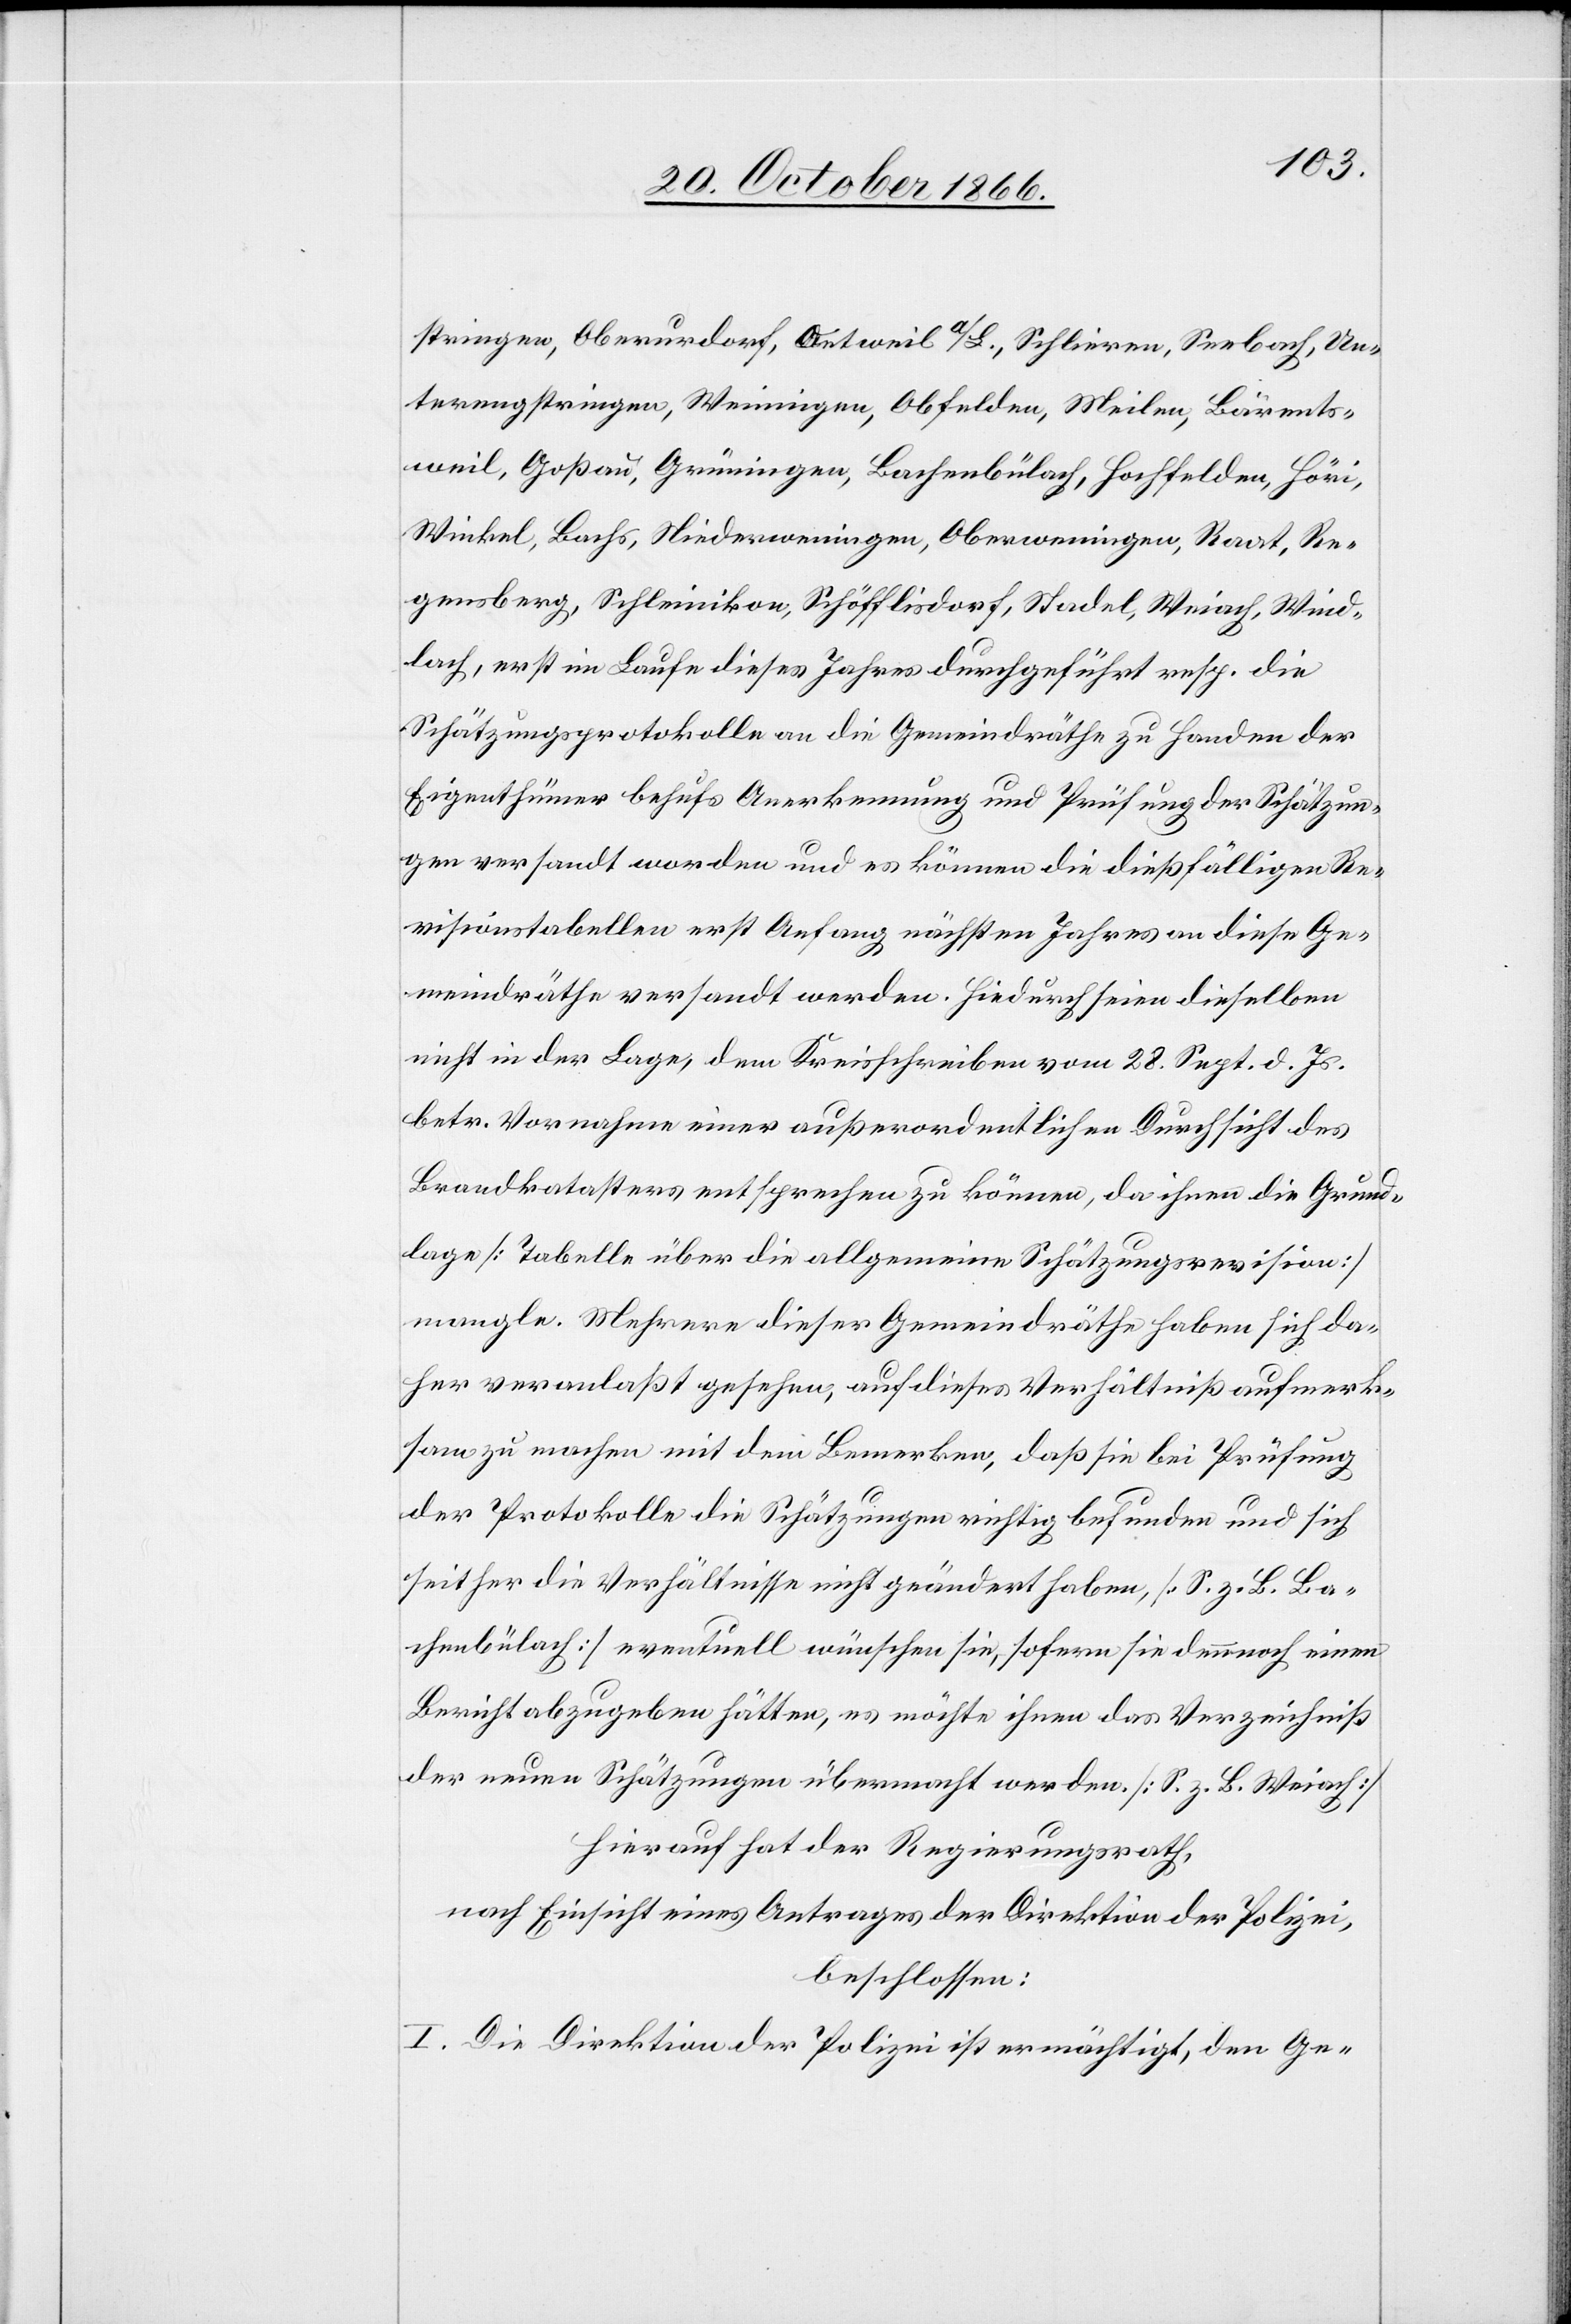
stringen, Oberurdorf, Oetweil a/S., Schlieren, Seebach, Un¬
terengstringen, Weiningen, Obfelden, Meilen, Bärents¬
weil, Goßau, Grüningen, Bachenbülach, Hochfelden, Höri,
Winkel, Bachs, Niederweningen, Oberweningen, Raat, Re¬
gensberg, Schleinikon, Schöfflisdorf, Stadel, Weiach, Wind¬
lach, erst im Laufe dieses Jahres durchgeführt resp. die
Schätzungsprotokolle an die Gemeindräthe zu Handen der
Eigenthümer behufs Anerkennung und Prüfung der Schätzun¬
gen versandt worden und es können die dießfälligen Re¬
visionstabellen erst Anfang nächsten Jahres an diese Ge¬
meindräthe versandt werden. Hiedurch seien dieselben
nicht in der Lage, dem Kreisschreiben vom 28. Sept. d. Js.
betr. Vornahme einer außerordentlichen Durchsicht des
Brandkatasters entsprechen zu können, da ihnen die Grund¬
lage [Tabelle über die allgemeine Schätzungsrevision]
mangle. Mehrere dieser Gemeindräthe haben sich da¬
her veranlaßt gesehen, auf dieses Verhältniß aufmerk¬
sam zu machen mit dem Bemerken, daß sie bei Prüfung
der Protokolle die Schätzungen richtig befunden und sich
seither die Verhältnisse nicht geändert haben, [S. z. B. Ba¬
chenbülach] eventuell wünschen sie, sofern sie dennoch einen
Bericht abzugeben hätten, es möchte ihnen das Verzeichniß
der neuen Schätzungen übermacht werden [S. z. B. Weiach].
Hierauf hat der Regierungsrath,
nach Einsicht eines Antrages der Direktion der Polizei,
beschlossen:
I. Die Direktion der Polizei ist ermächtigt, den Ge-